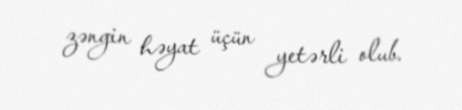
zəngin həyat üçün yetərli olub.